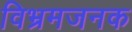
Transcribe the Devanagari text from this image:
विभ्रमजनक